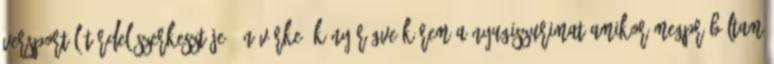
versportál tördelőszerkesztője „Nővérke, könyörögve kérem a nyugiszurimat Amikor megpróbáltam